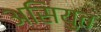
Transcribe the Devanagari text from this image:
असियुत